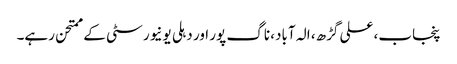
پنجاب، علی گڑھ، الہ آباد، ناگ پور اور دہلی یونیورسٹی کے ممتحن رہے۔